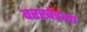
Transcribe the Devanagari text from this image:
वरखेडला